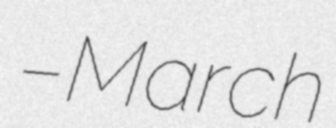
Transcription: – March